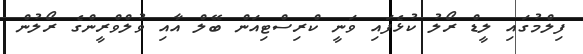
ފިލްމުގައި ލީޑް ރޯލު ކުޅެފައި ވަނީ ކްރިސްޓިއަން ބޭލް އާއި ވުލްވްރީންގެ ރޯލުން